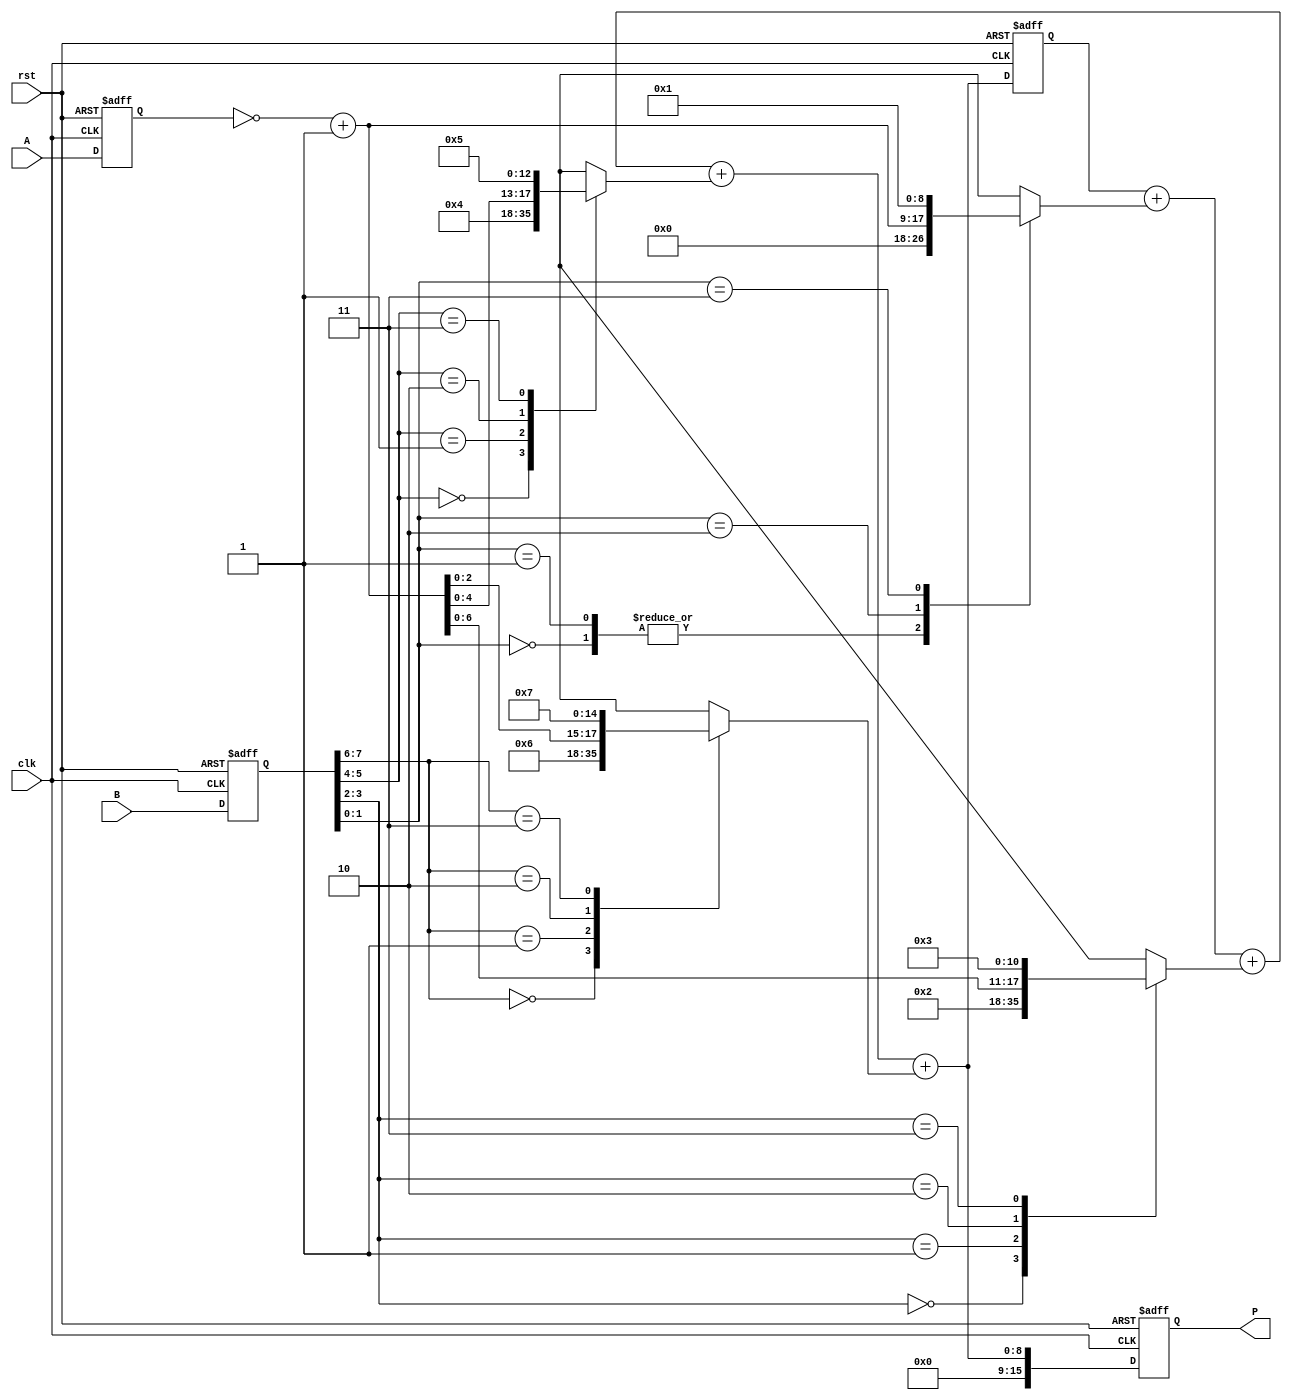
module radix4_multiplier #(parameter WIDTH = 8) (
    input wire clk,
    input wire rst,
    input wire [WIDTH-1:0] A,
    input wire [WIDTH-1:0] B,
    output reg [2*WIDTH-1:0] P
);
    // Internal signals
    reg [WIDTH-1:0] A_reg, B_reg;
    reg [2*WIDTH-1:0] partial_products [0:WIDTH/2-1];
    reg [WIDTH/2-1:0] booth_code;
    reg [WIDTH:0] product_accum;
    
    integer i;

    // Booth's encoding for radix-4
    always @(posedge clk or posedge rst) begin
        if (rst) begin
            A_reg <= 0;
            B_reg <= 0;
            P <= 0;
            product_accum <= 0;
        end else begin
            A_reg <= A;
            B_reg <= B;
            product_accum <= 0;

            // Generate Booth's code
            for(i = 0; i < WIDTH/2; i = i + 1) begin
                case ({B_reg[2*i + 1], B_reg[2*i]})
                    2'b00: partial_products[i] = 0;                  // 0
                    2'b01: partial_products[i] = {A_reg, 2*i};       // +A << (2*i)
                    2'b10: partial_products[i] = ~A_reg + 1 << (2*i); // -A << (2*i) => 2's complement
                    2'b11: partial_products[i] = {A_reg, 2*i + 1};    // +2A << (2*i)
                    default: partial_products[i] = 0;
                endcase
            end

            // Accumulate partial products
            for(i = 0; i < WIDTH/2; i = i + 1) begin
                product_accum = product_accum + partial_products[i];
            end

            // Assign final product
            P <= product_accum;
        end
    end
endmodule